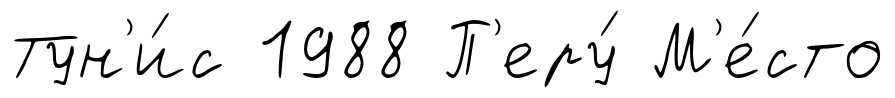
Тун'и́с 1988 П'еру́ М'е́сто